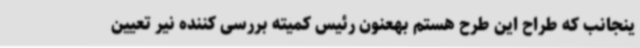
ینجانب که طراح این طرح هستم بهعنون رئیس کمیته بررسی کننده نیر تعیین